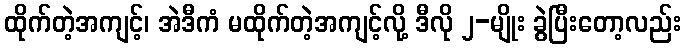
ထိုက်တဲ့အကျင့်၊ အဲဒီကံ မထိုက်တဲ့အကျင့်လို့ ဒီလို ၂-မျိုး ခွဲပြီးတော့လည်း